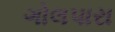
ગોલપારા